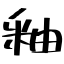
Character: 釉